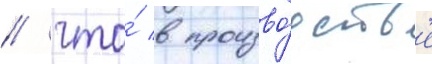
/ что́ в произво́дств'е